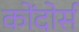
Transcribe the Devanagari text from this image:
कोंदोर्स